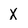
Character: X